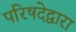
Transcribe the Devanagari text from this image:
परिषदेद्वारा